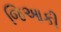
જિઆકી